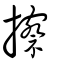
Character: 擦